Annual report of the Punjab Veterinary College and of the Civil Veterinary Department, Punjab - 1920-1925
Year: 1920
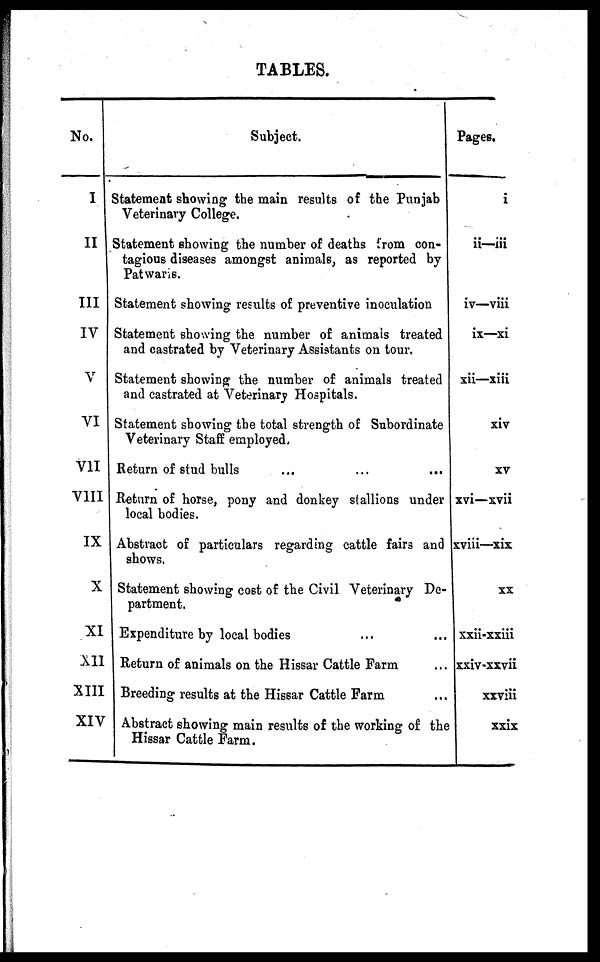
TABLES.
No.
I
II
III
IV
V
VI
VII
VIII
IX
X
XI
XII
XIII
XIV
Subject.
Statement showing the main results of the Punjab
Veterinary College.
Statement showing the number of deaths from con-
tagious diseases amongst animals, as reported by
Patwaris.
Statement showing results of preventive inoculation
Statement showing the number of animals treated
and castrated by Veterinary Assistants on tour.
Statement showing the number of animals treated
and castrated at Veterinary Hospitals.
Statement showing the total strength of Subordinate
Veterinary Staff employed.
Return of stud bulls ... ... ...
Return of horse, pony and donkey stallions under
local bodies.
Abstract of particulars regarding cattle fairs and
shows.
Statement showing cost of the Civil Veterinary De-
partment.
Expenditure by local bodies ... ...
Return of animals on the Hissar Cattle Farm ...
Breeding results at the Hissar Cattle Farm ...
Abstract showing main results of the working of the
Hissar Cattle Farm.
Pages,
i
ii—iii
iv—viii
ix—xi
xii—xiii
xiv
XV
xvi—xvii
xviii—xix
XX
xxii-xxiii
xxiv-xxvii
xxviii
xxix